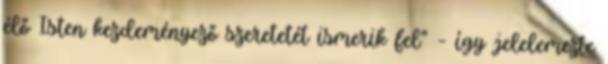
élő Isten kezdeményező szeretetét ismerik fel” – így jelelemezte